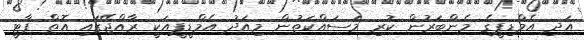
އަދި އެމްޑިޕީގެ މެންބަރުން ކުރި މަސައްކަތުން މިއަދު އެމްޑީޕީއަކީ ރާއްޖޭގައި އޮތް ޕާޓީ